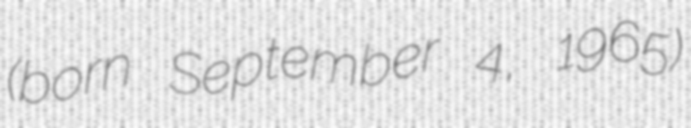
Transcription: (born September 4, 1965)